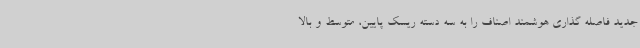
جدید فاصله گذاری هوشمند اصناف را به سه دسته ریسک پایین، متوسط و بالا